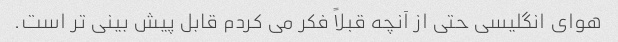
هوای انگلیسی حتی از آنچه قبلاً فکر می کردم قابل پیش بینی تر است.